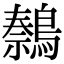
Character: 𫛍